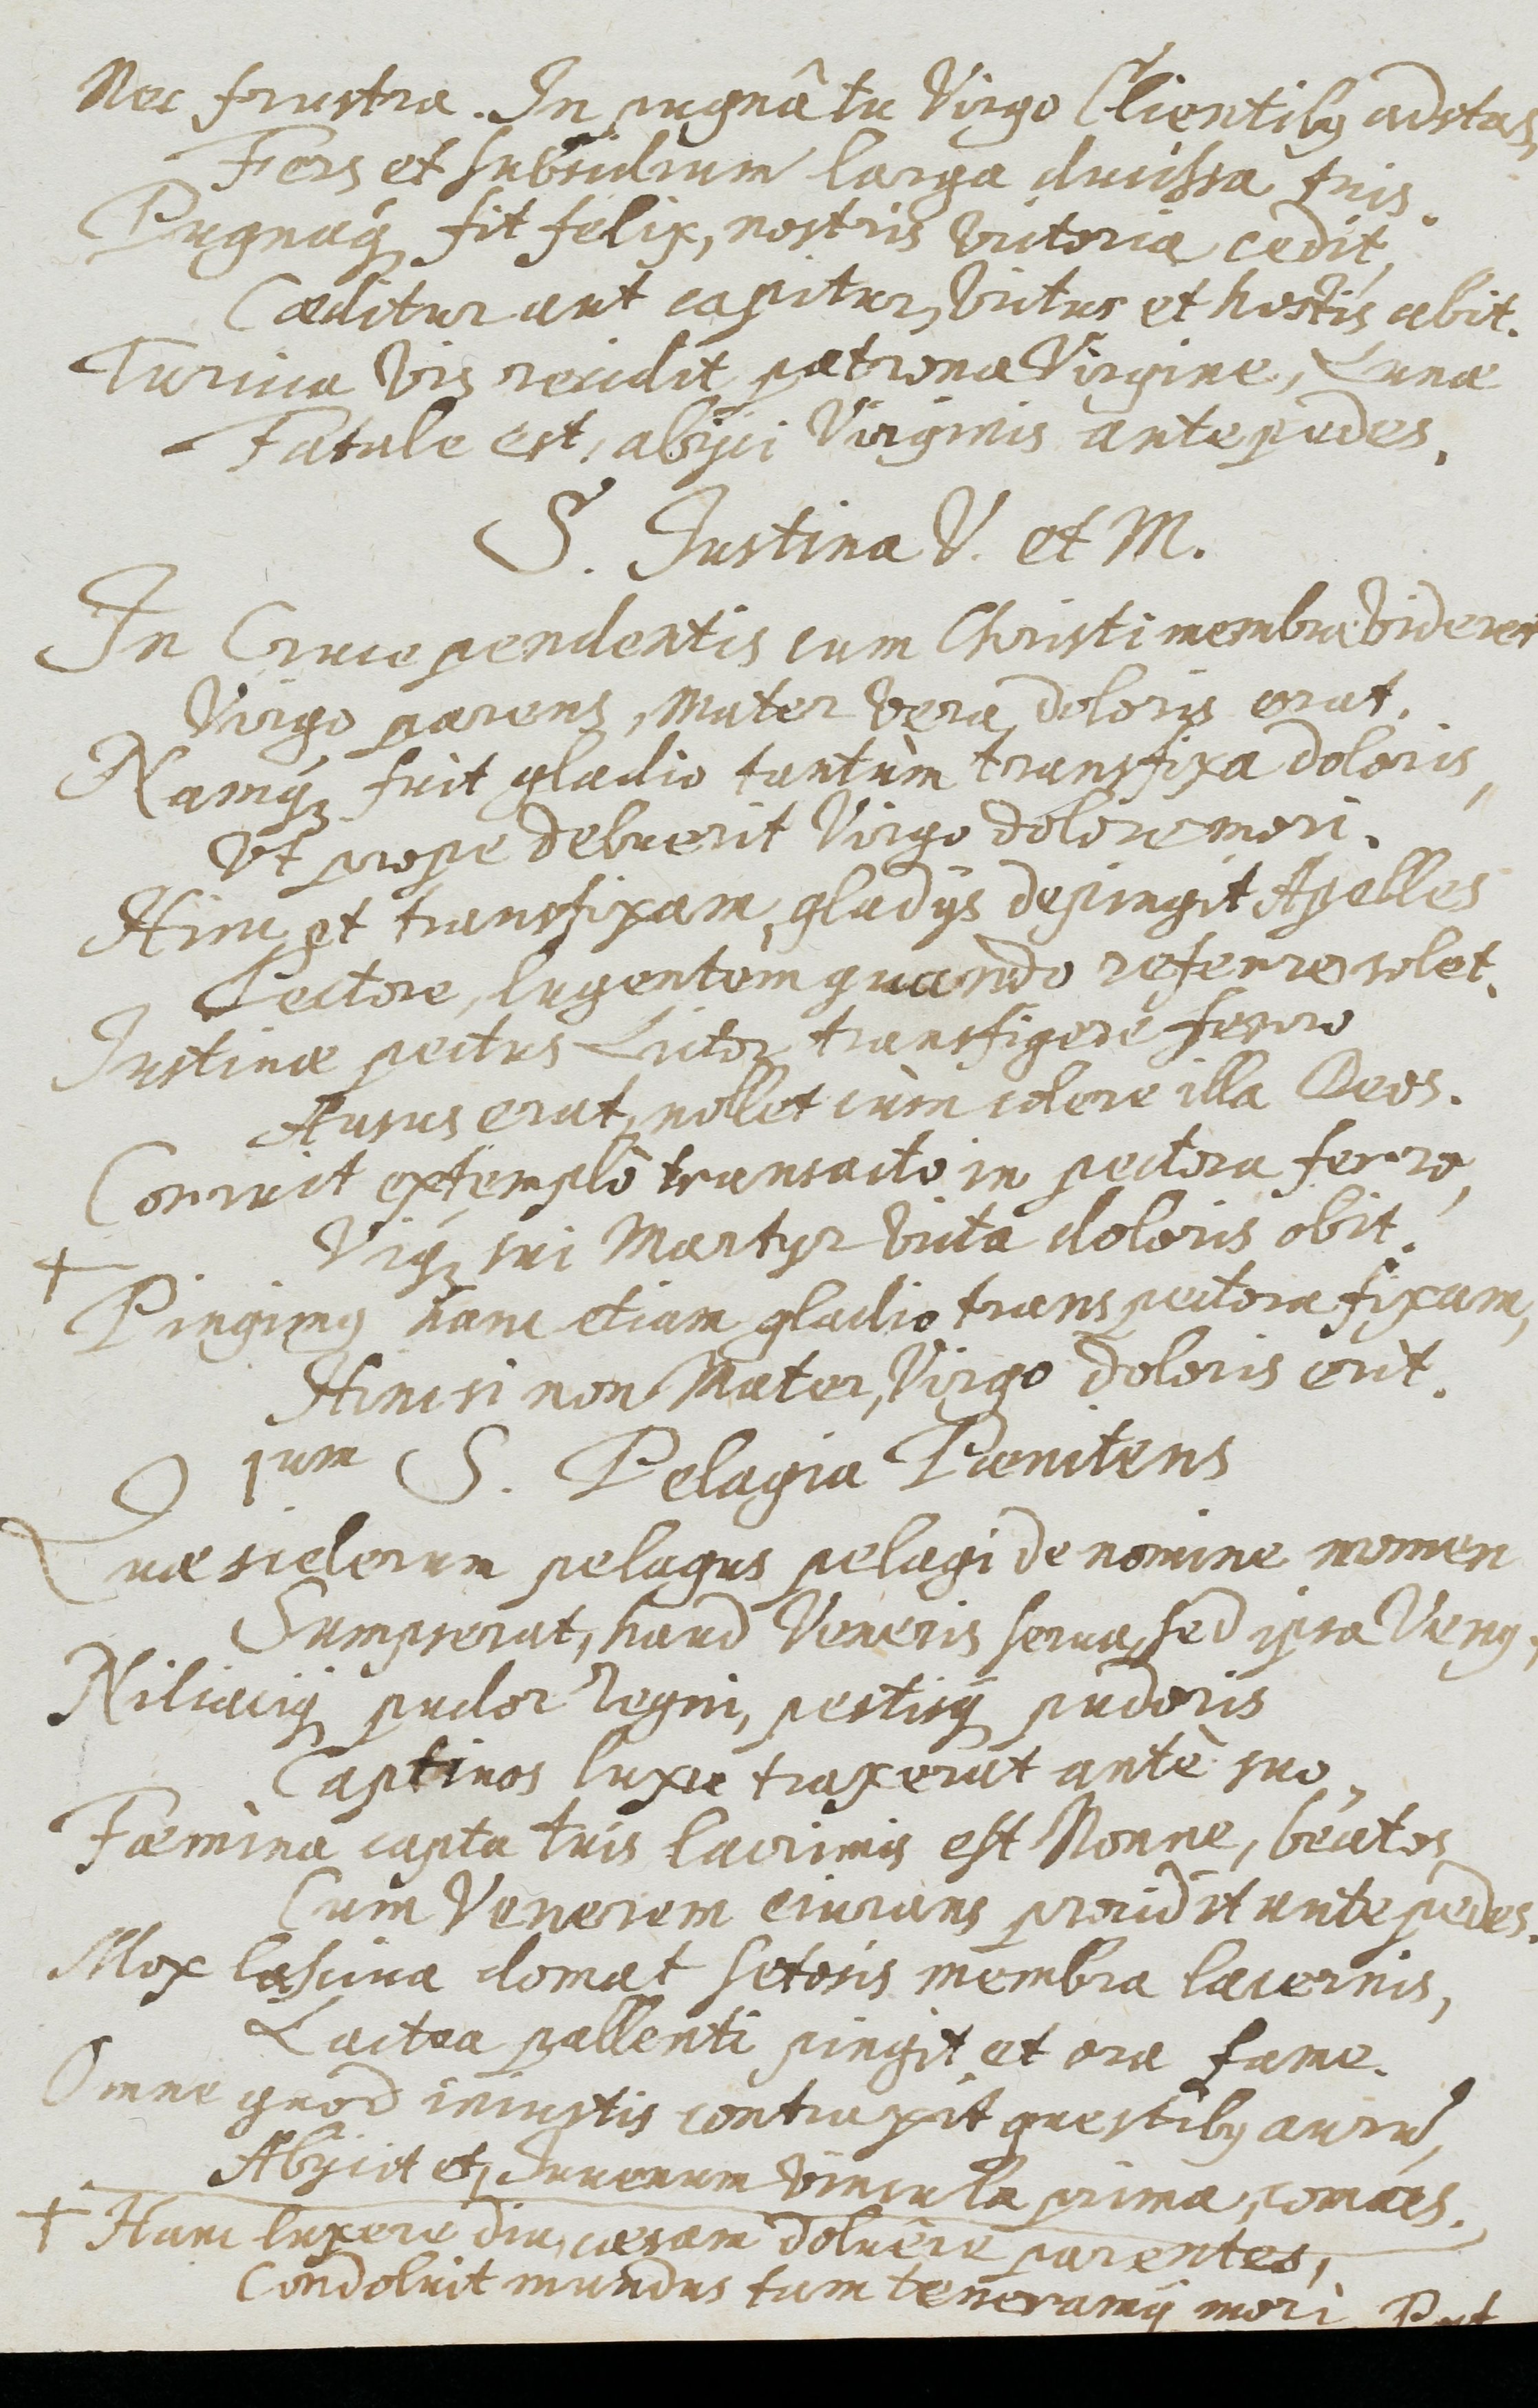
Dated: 1637–1673